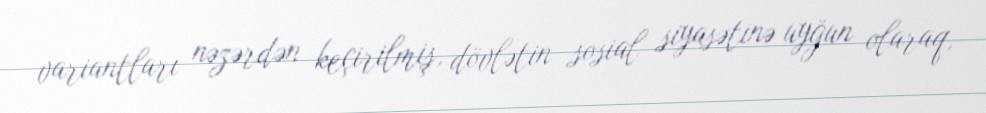
variantları nəzərdən keçirilmiş, dövlətin sosial siyasətinə uyğun olaraq,